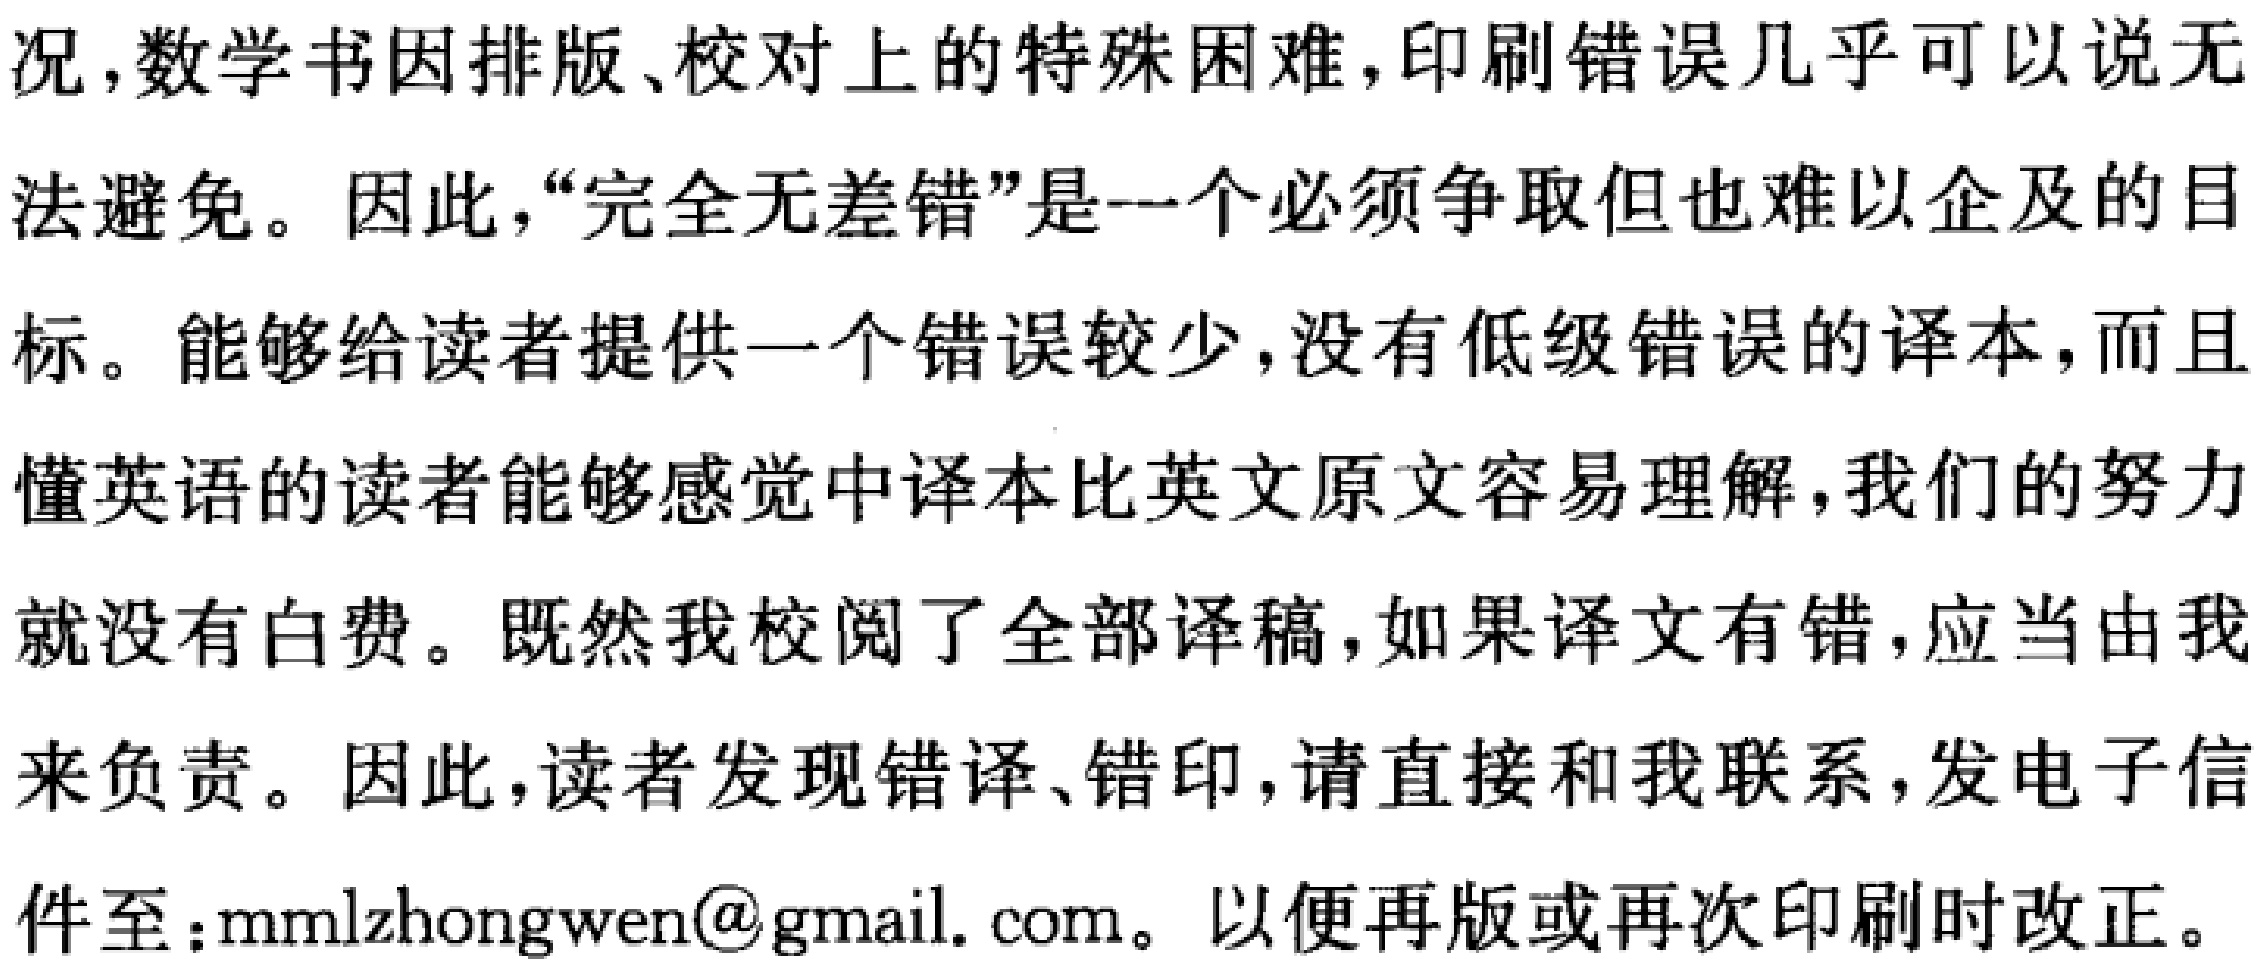
况，数学书因排版、校对上的特殊困难，印刷错误几乎可以说无
法避免。因此，“完全无差错”是一个必须争取但也难以企及的目
标。能够给读者提供一个错误较少，没有低级错误的译本，而且
懂英语的读者能够感觉中译本比英文原文容易理解，我们的努力
就没有白费。既然我校阅了全部译稿，如果译文有错，应当由我
来负责。因此，读者发现错译、错印，请直接和我联系，发电子信
件至：mmlzhongwen@gmail.com。以便再版或再次印刷时改正。